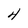
Character: 4